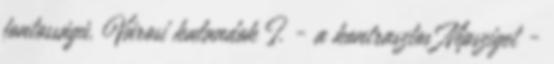
fontosságú. Városi kalandok I. - a kontrasztos Népsziget -